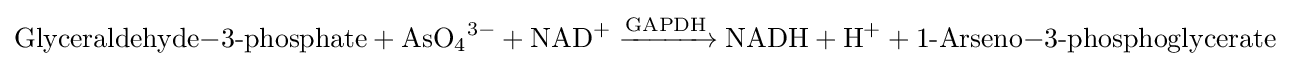
{\ce {Glyceraldehyde-3-phosphate + AsO4^3- + NAD+ ->[GAPDH] NADH +H+ + 1-Arseno-3-phosphoglycerate}}